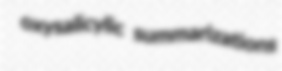
oxysalicylic summarizations